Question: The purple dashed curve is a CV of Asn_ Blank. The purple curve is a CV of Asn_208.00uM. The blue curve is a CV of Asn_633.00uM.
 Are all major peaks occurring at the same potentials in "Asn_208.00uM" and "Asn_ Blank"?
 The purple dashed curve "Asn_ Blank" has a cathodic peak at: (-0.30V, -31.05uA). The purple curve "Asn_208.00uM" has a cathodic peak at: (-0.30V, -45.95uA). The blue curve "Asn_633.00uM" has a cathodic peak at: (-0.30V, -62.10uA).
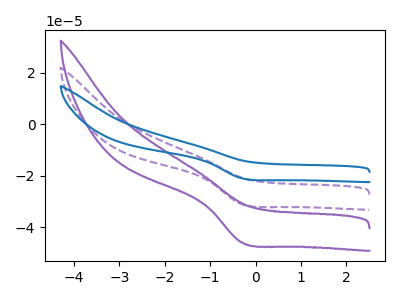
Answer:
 <answer>Yes, "Asn_208.00uM" have a peak in "Asn_ Blank" at the same potential.</answer>
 <eval>match</eval>